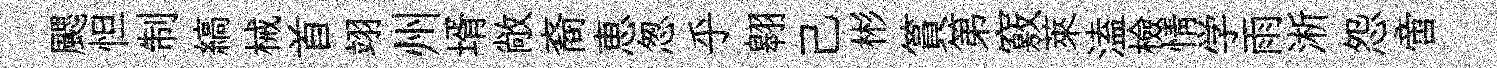
颸怛制縞械首翊州壻敞裔恵怱乎翱己彬篔第竅萊溘檢情学雨淅怨啻